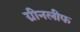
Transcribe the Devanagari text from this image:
ग्रीनलीफ